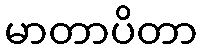
မာတာပိတာ